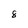
Character: 8